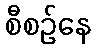
စီစဉ်နေ